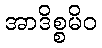
အာဒိစ္စမိဝ